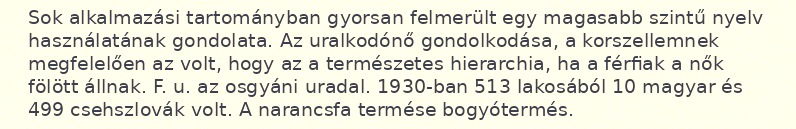
Sok alkalmazási tartományban gyorsan felmerült egy magasabb szintű nyelv használatának gondolata. Az uralkodónő gondolkodása, a korszellemnek megfelelően az volt, hogy az a természetes hierarchia, ha a férfiak a nők fölött állnak. F. u. az osgyáni uradal. 1930-ban 513 lakosából 10 magyar és 499 csehszlovák volt. A narancsfa termése bogyótermés.